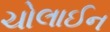
ચોલાઈન